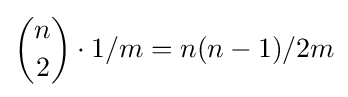
{\binom {n}{2}}\cdot 1/m=n(n-1)/2m